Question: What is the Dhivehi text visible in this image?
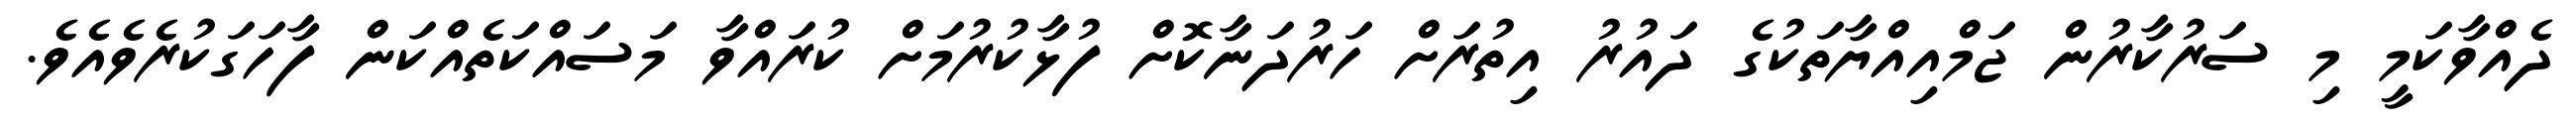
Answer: ދެއްވާކަމީ މި ސަރުކާރުން ޖަމްއިއްޔާތަކުގެ ދައުރު އިތުރަށް ހަރުދަނާކޮށް ފުޅާކުރުމަށް ކުރައްވާ މަސައްކަތެއްކަން ފާހަގަކުރެވެއެވެ.